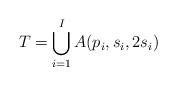
LaTeX: \begin{align*}T = \bigcup_{i=1}^I A(p_i,s_i,2s_i)\end{align*}